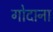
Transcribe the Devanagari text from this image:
गोदाना